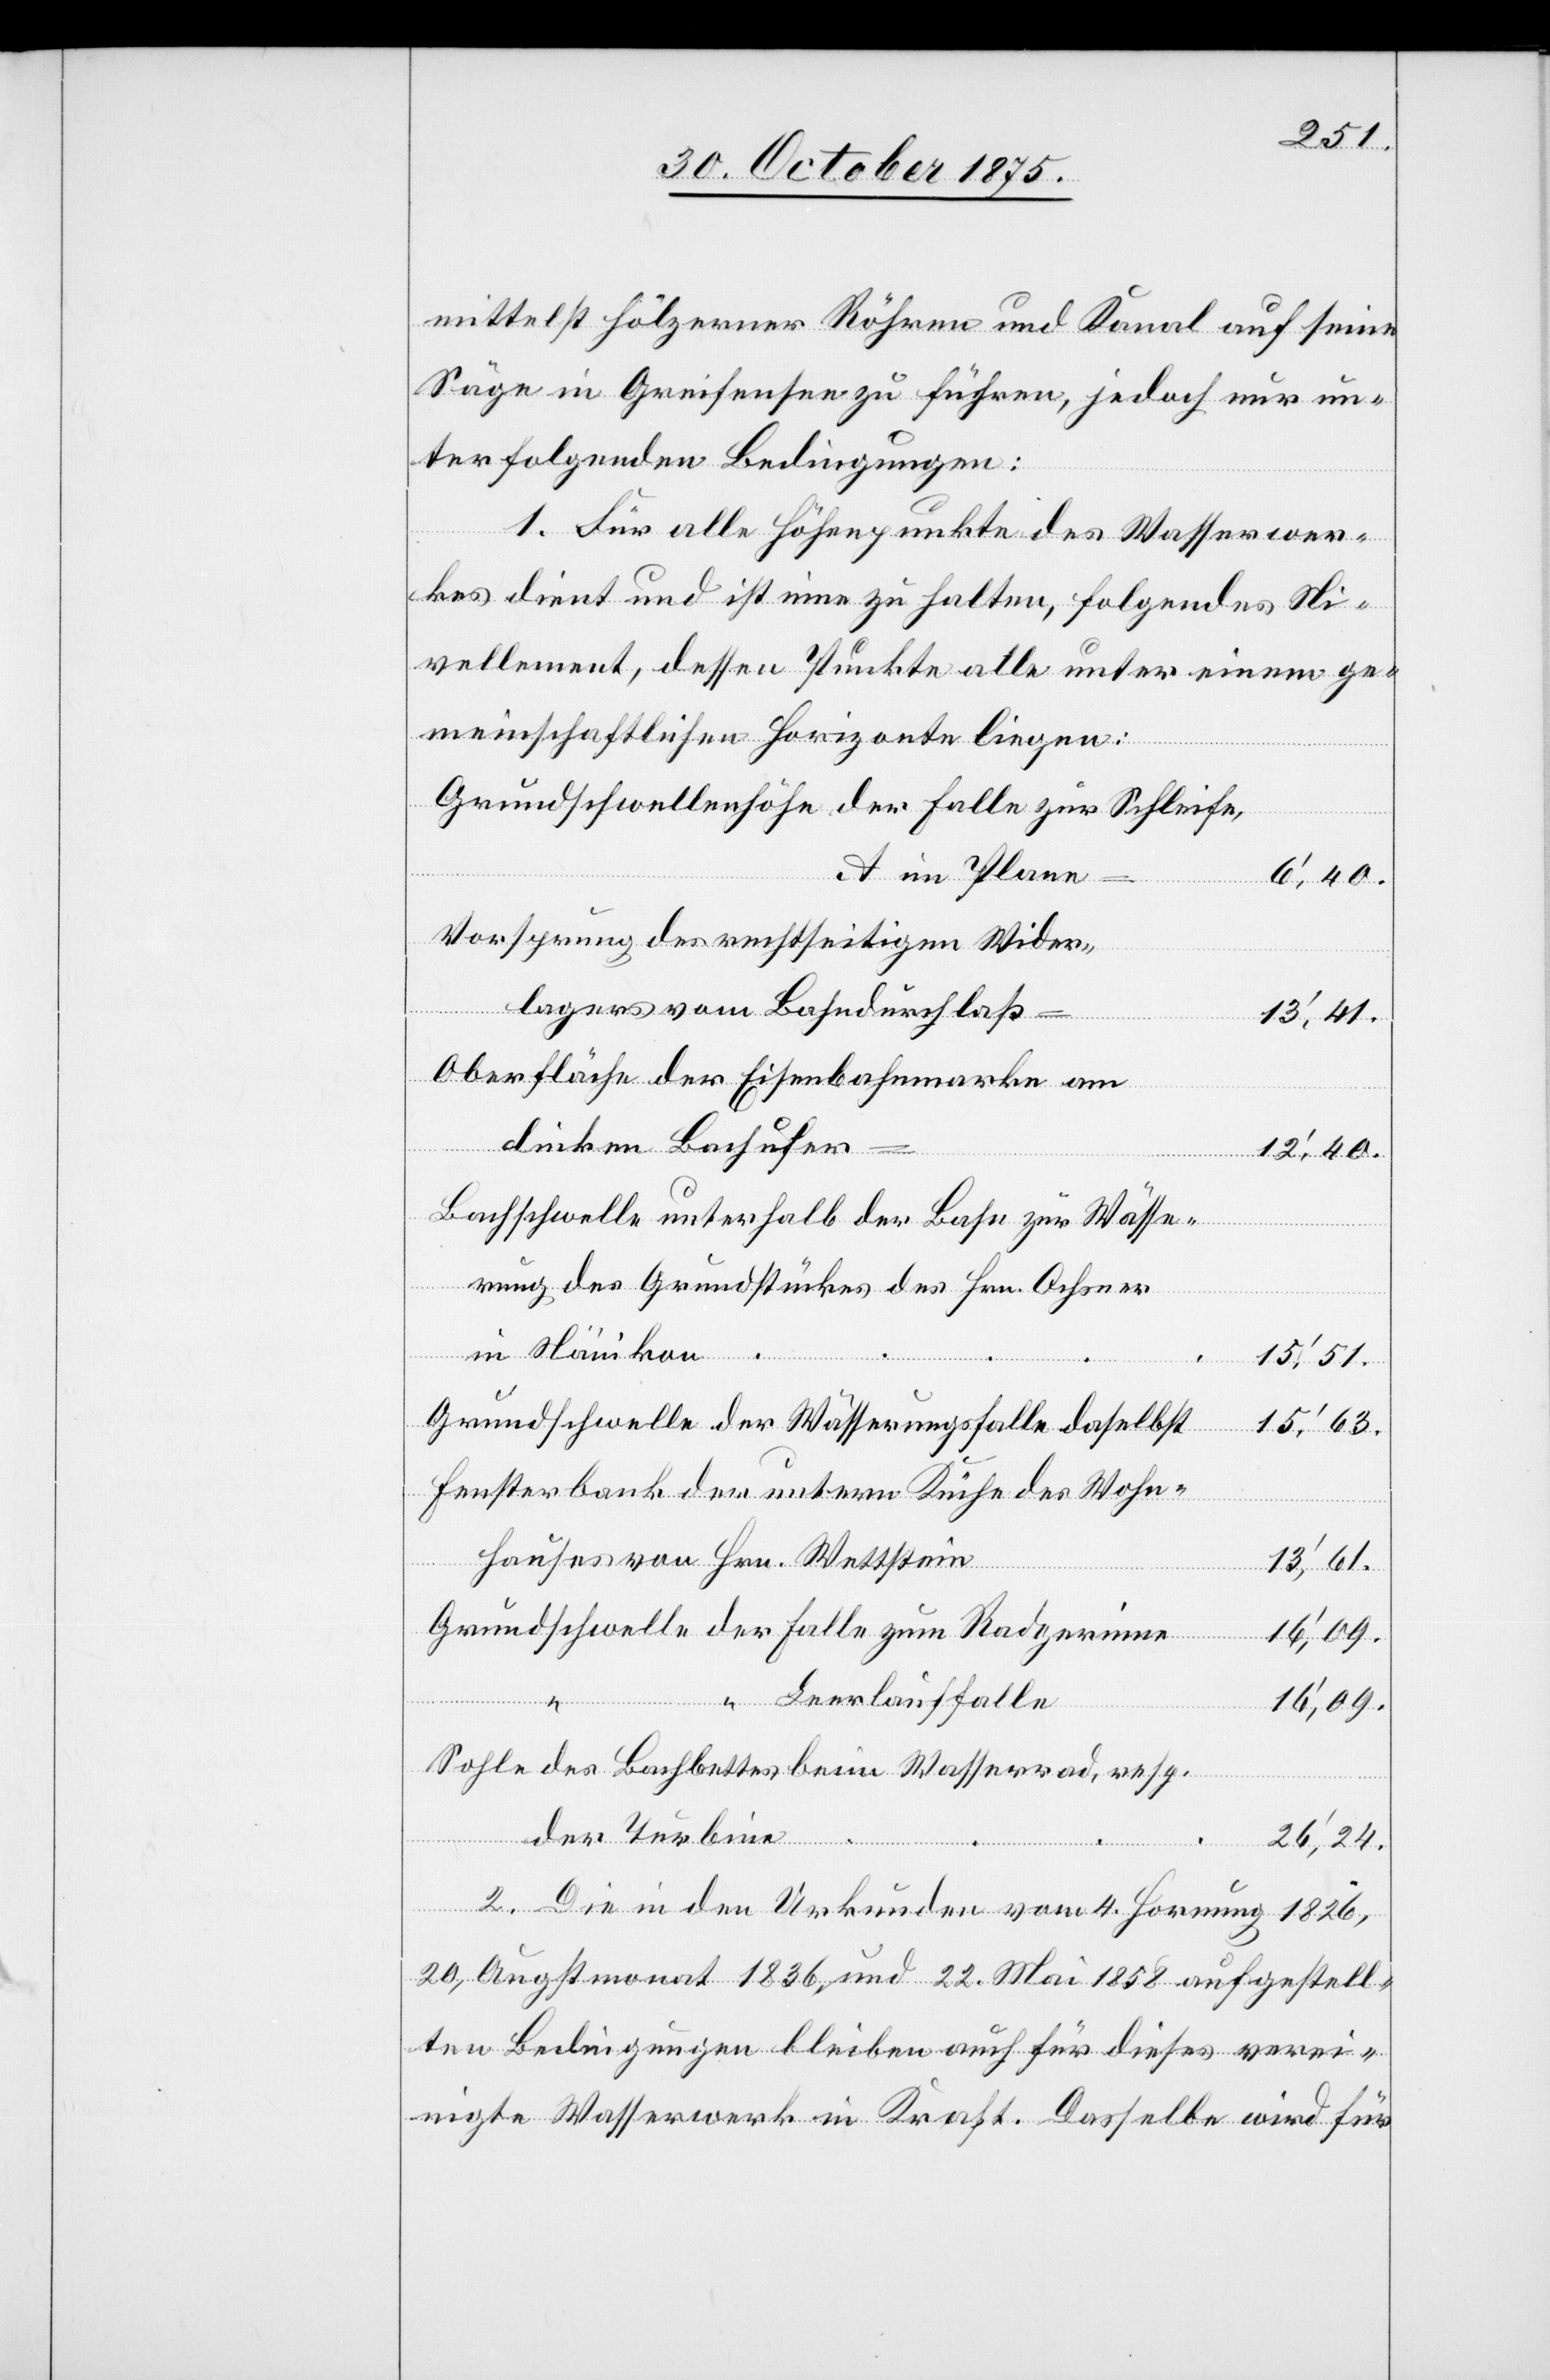
mittelst hölzerner Röhren und Kanal auf seine
Säge in Greifensee zu führen, jedoch nur un¬
ter folgenden Bedingungen:
1. Für alle Höhenpunkte des Wasserwer¬
kes dient und ist eine zu halten [sic!], folgendes Ni¬
vellement, dessen Punkte alle unter einem ge¬
meinschaftlichen Horizonte liegen:
Grundschwellenhöhe der Falle zur Schleife,
A im Plane
6‘,40.
Vorsprung des rechtseitigen Wider¬
lagers vom Bahndurchlaß
13‘,41.
Oberfläche der Eisenbahnmarke am
linken Bachufer
12‘,40.
Bachschwelle unterhalb der Bahn zur Wässe¬
rung des Grundstückes des Hrn. Ochsner
in Nänikon
15‘,51.
Grundschwelle der Wässerungsfalle daselbst
15‘,63.
Fensterbank der untern Küche des Wohn¬
hauses von Hrn. Wettstein
13‘,61.
Grundschwelle der Falle zum Radgerinne
16‘,09.
“ Leerlauffalle
16‘,09.
Sohle des Bachbettes beim Wasserrad, resp.
der Turbine
26‘,24.
2. Die in den Urkunden vom 4. Hornung 1826,
20. Augstmonat 1836, und 22. Mai 1858 aufgestell¬
ten Bedingungen bleiben auch für dieses verei¬
nigte Wasserwerk in Kraft. Dasselbe wird für